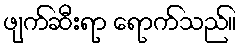
ဖျက်ဆီးရာ ရောက်သည်။